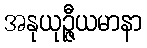
အနုယုဉ္ဇီယမာနာ